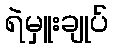
ရဲမှူးချုပ်